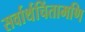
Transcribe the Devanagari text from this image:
सर्वार्थचिंतामणि